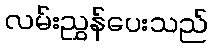
လမ်းညွှန်ပေးသည်